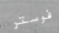
فوستر